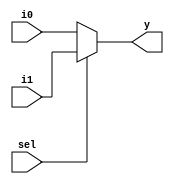
/* Generated by Yosys 0.33 (git sha1 2584903a060) */

module good_mux(i0, i1, sel, y);
  input i0;
  wire i0;
  input i1;
  wire i1;
  input sel;
  wire sel;
  output y;
  wire y;
  assign y = sel ? i1 : i0;
endmodule